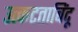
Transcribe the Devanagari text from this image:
उत्कटताबिंदू